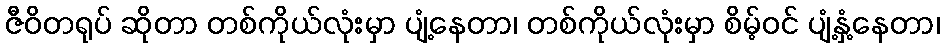
ဇီဝိတရုပ် ဆိုတာ တစ်ကိုယ်လုံးမှာ ပျံ့နေတာ၊ တစ်ကိုယ်လုံးမှာ စိမ့်ဝင် ပျံ့နှံ့နေတာ၊